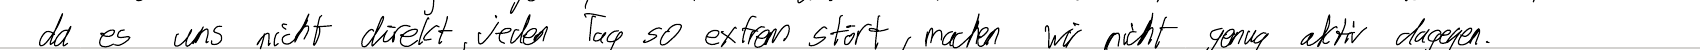
das es uns nicht direkt, jeden Tag so extrem stört, machen wir nicht genug aktiv dagegen.